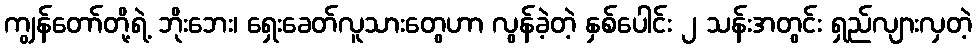
ကျွန်တော်တို့ရဲ့ ဘိုးဘေး၊ ရှေးခေတ်လူသားတွေဟာ လွန်ခဲ့တဲ့ နှစ်ပေါင်း ၂ သန်းအတွင်း ရှည်လျားလှတဲ့